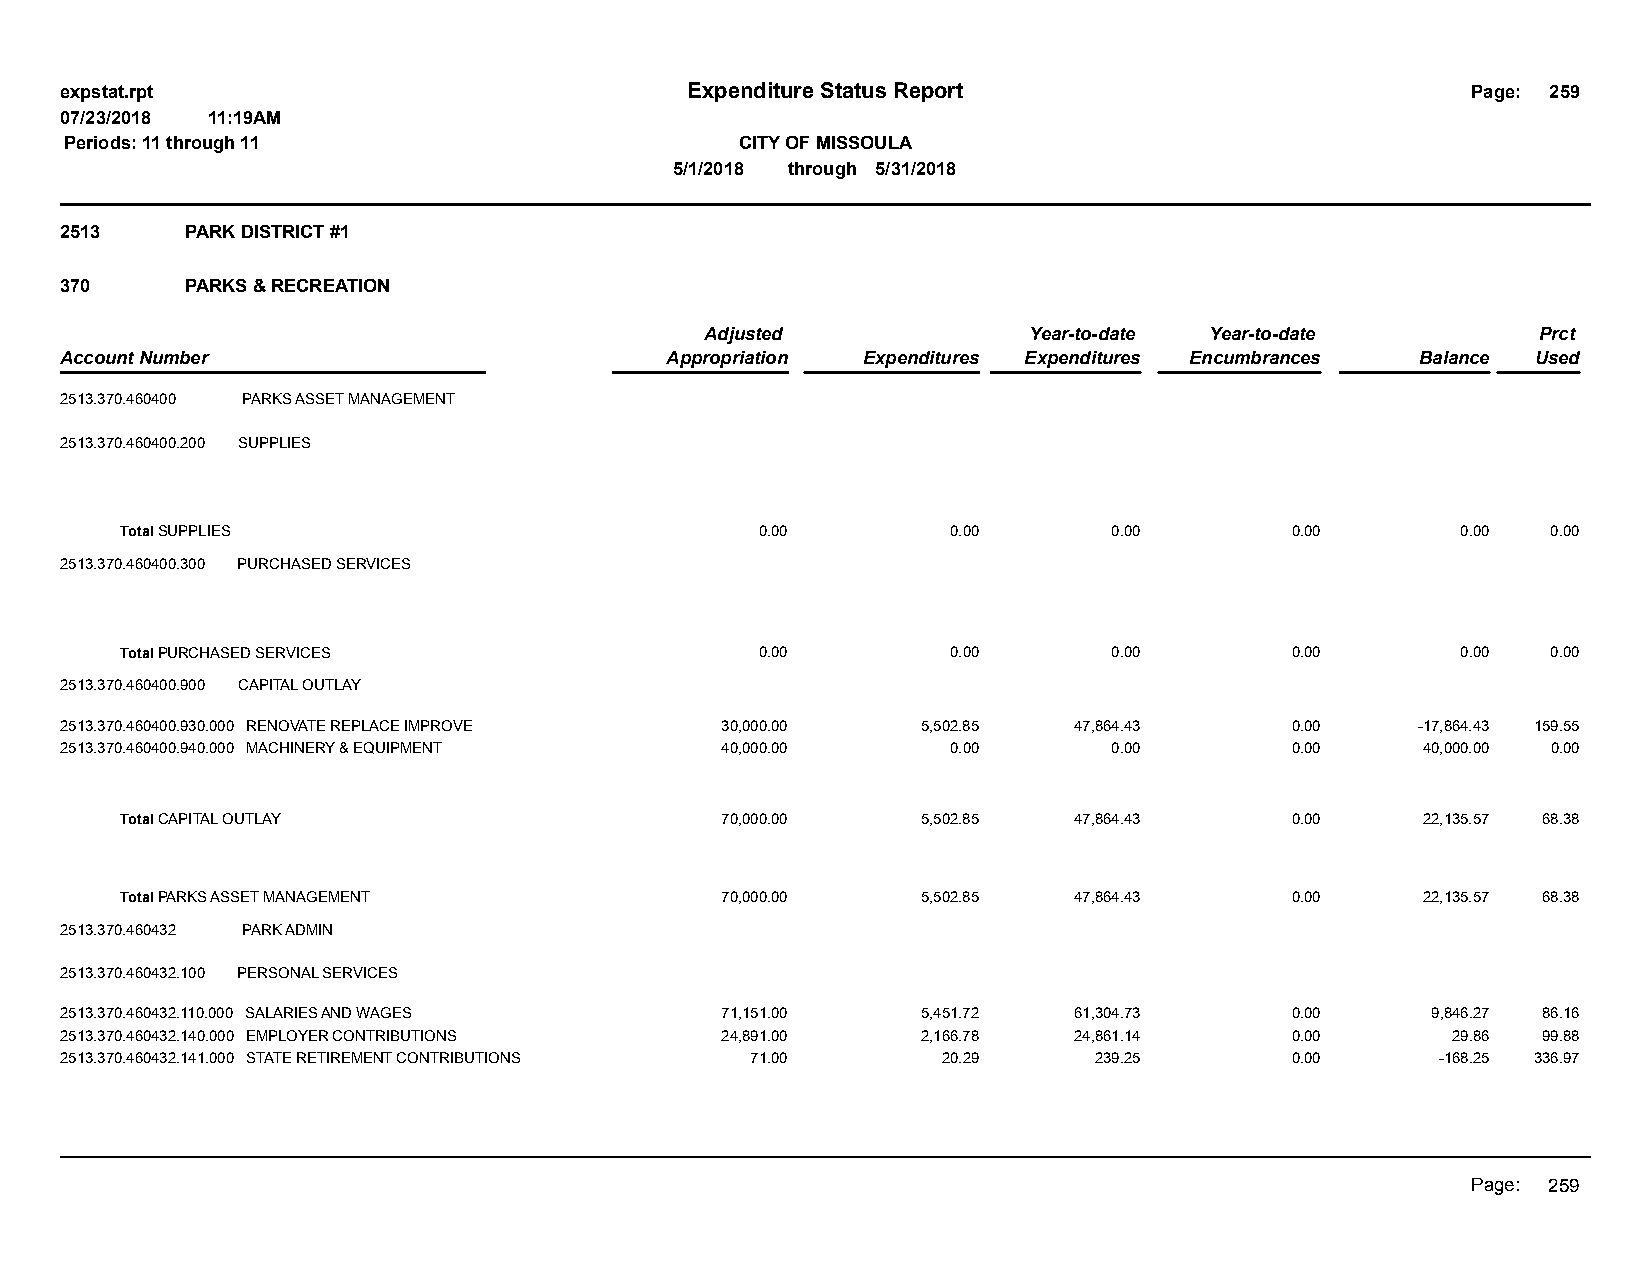
expstat.rpt                              Expenditure Status Report                           Page: 259
 07/23/2018 11:19AM
 Periods: 11 through 11                       CITY OF MISSOULA
 5/1/2018 through 5/31/2018
 2513    PARK DISTRICT #1
 370     PARKS & RECREATION
 Adjusted             Year-to-date Year-to-date         Prct
 Account Number                          Appropriation Expenditures Expenditures Encumbrances Balance Used
 2513.370.460400 PARKS ASSET MANAGEMENT
 2513.370.460400.200 SUPPLIES
 Total SUPPLIES                            0.00         0.00       0.00       0.00        0.00  0.00
 2513.370.460400.300 PURCHASED SERVICES
 Total PURCHASED SERVICES                  0.00         0.00       0.00       0.00        0.00  0.00
 2513.370.460400.900 CAPITAL OUTLAY
 2513.370.460400.930.000 RENOVATE REPLACE IMPROVE 30,000.00 5,502.85 47,864.43    0.00     -17,864.43 159.55
 2513.370.460400.940.000 MACHINERY & EQUIPMENT 40,000.00    0.00       0.00       0.00     40,000.00 0.00
 Total CAPITAL OUTLAY                    70,000.00    5,502.85  47,864.43     0.00     22,135.57 68.38
 Total PARKS ASSET MANAGEMENT            70,000.00    5,502.85  47,864.43     0.00     22,135.57 68.38
 2513.370.460432 PARK ADMIN
 2513.370.460432.100 PERSONAL SERVICES
 2513.370.460432.110.000 SALARIES AND WAGES  71,151.00    5,451.72  61,304.73     0.00      9,846.27 86.16
 2513.370.460432.140.000 EMPLOYER CONTRIBUTIONS 24,891.00 2,166.78  24,861.14     0.00       29.86 99.88
 2513.370.460432.141.000 STATE RETIREMENT CONTRIBUTIONS 71.00 20.29  239.25       0.00      -168.25 336.97
 Page: 259